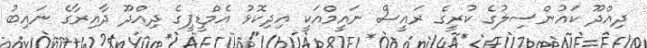
ދިއްދޫ ކައުންސިލުގެ ކުރީގެ ރައީސް ނައީމްއަކީ އިދިކޮޅު އެމްޑީޕީގެ ދިއްދޫ ދާއިރާގެ ނައިބު